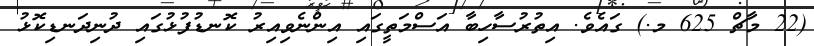
(22 މާޗް 625 މ.) ގައެވެ. އިތުރުސާހިބާ އަސްމަތީގައި އިންނެވިއިރު ކޮނޑުފުޅުގައި ދުނިދަނޑިކޮޅު